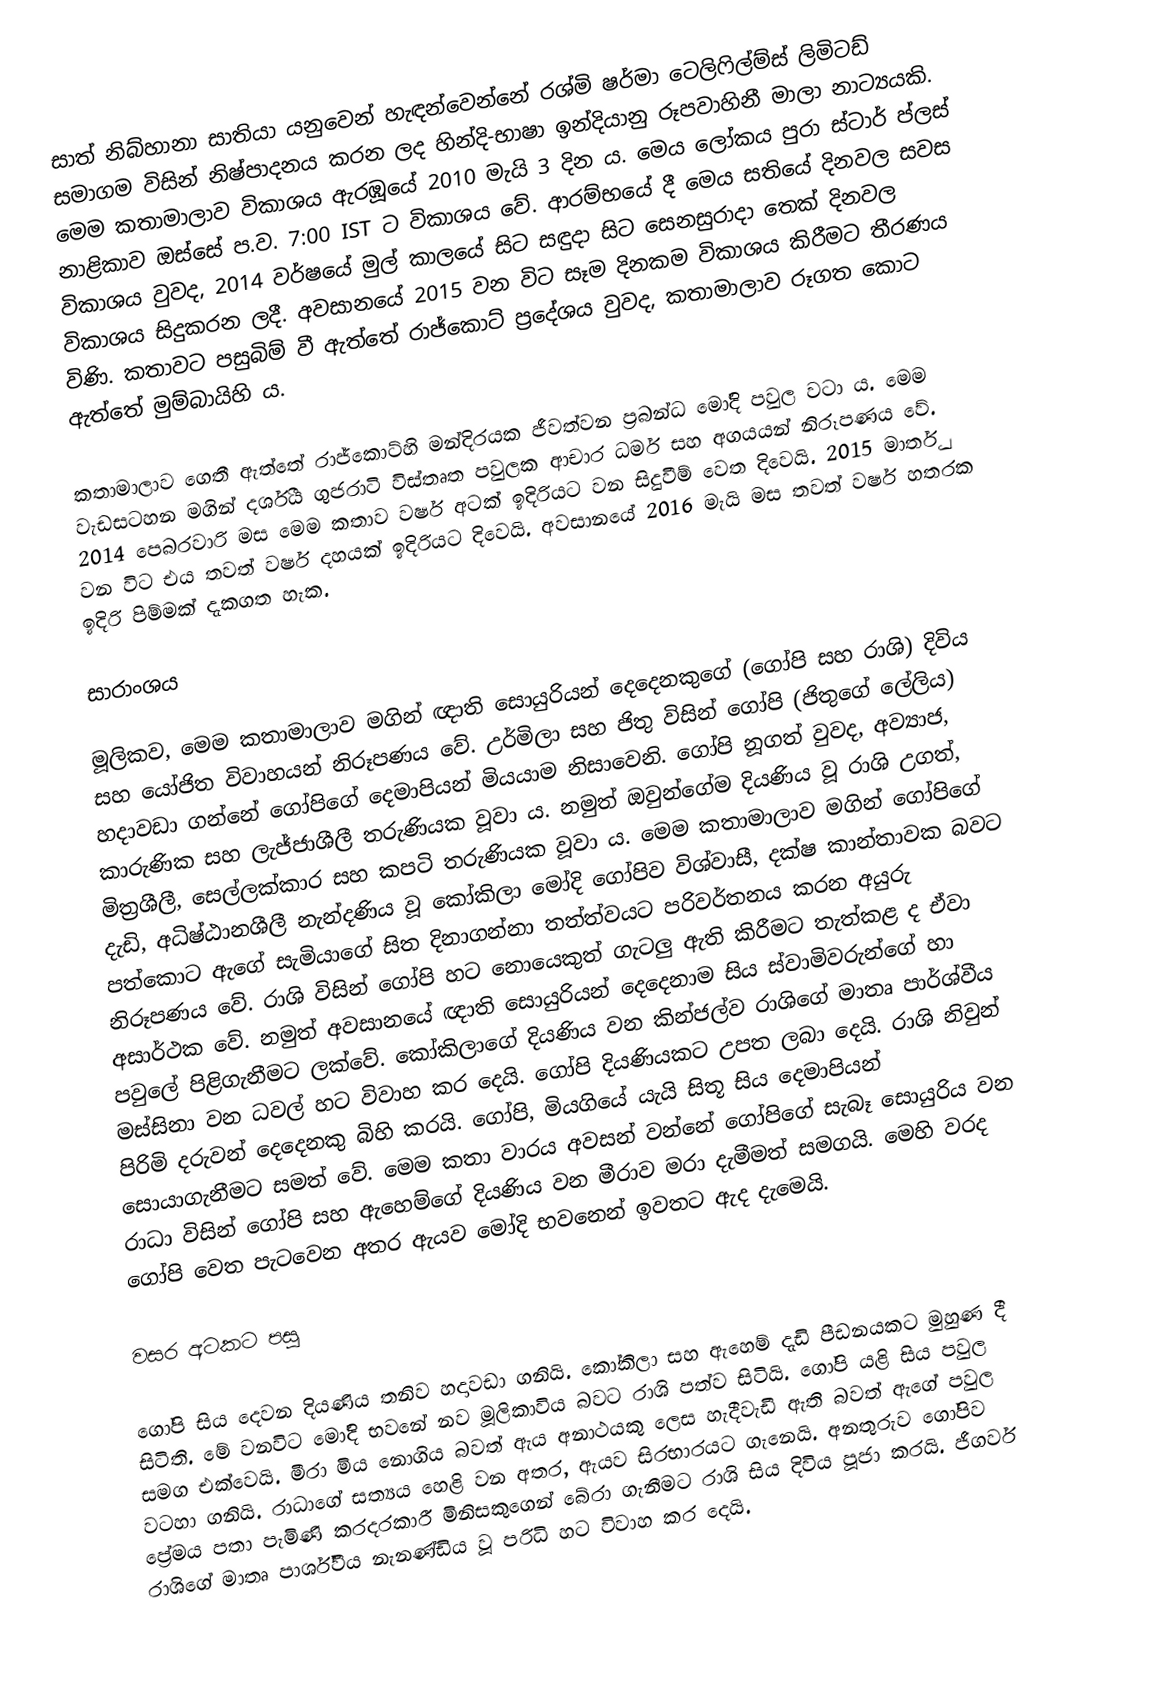
සාත් නිබ්හානා සාතියා යනුවෙන් හැඳන්වෙන්නේ රශ්මි ෂර්මා ටෙලිෆිල්ම්ස් ලිමිටඩ් සමාගම විසින් නිෂ්පාදනය කරන ලද හින්දි-භාෂා ඉන්දියානු රූපවාහිනී මාලා නාට්‍යයකි. මෙම කතාමාලාව විකාශය ඇරඹූයේ 2010 මැයි 3 දින ය. මෙය ලෝකය පුරා ස්ටාර් ප්ලස් නාළිකාව ඔස්සේ ප.ව. 7:00 IST ට විකාශය වේ. ආරම්භයේ දී මෙය සතියේ දිනවල සවස විකාශය වුවද, 2014 වර්ෂයේ මුල් කාලයේ සිට සඳුදා සිට සෙනසුරාදා තෙක් දිනවල විකාශය සිදුකරන ලදී. අවසානයේ 2015 වන විට සෑම දිනකම විකාශය කිරීමට තීරණය විණි. කතාවට පසුබිම් වී ඇත්තේ රාජ්කොට් ප්‍රදේශය වුවද, කතාමාලාව රූගත කොට ඇත්තේ මුම්බායිහි ය.

කතාමාලාව ගෙතී ඇත්තේ රාජ්කොට්හි මන්දිරයක ජීවත්වන ප්‍රබන්ධ මෝදි පවුල වටා ය. මෙම වැඩසටහන මගින් දර්ශීය ගුජරාටි විස්තෘත පවුලක ආචාර ධර්ම සහ අගයයන් නිරූපණය වේ. 2014 පෙබරවාරි මස මෙම කතාව වර්ෂ අටක් ඉදිරියට වන සිදුවීම් වෙත දිවෙයි. 2015 මාර්තු වන විට එය තවත් වර්ෂ දහයක් ඉදිරියට ‍දිවෙයි. අවසානයේ 2016 මැයි මස තවත් වර්ෂ හතරක ඉදිරි පිම්මක් දැකගත හැක.

සාරාංශය

මූලිකව, මෙම කතාමාලාව මගින් ඥාති සොයුරියන් දෙදෙනකුගේ (ගෝපි සහ රාශි) දිවිය සහ යෝජිත විවාහයන් නිරූපණය වේ. උර්මිලා සහ ජිතු විසින් ගෝපි (ජිතුගේ ලේලිය) හදාවඩා ගන්නේ ගෝපිගේ දෙමාපියන් මියයාම නිසාවෙනි. ගෝපි නූගත් වුවද, අව්‍යාජ, කාරුණික සහ ලැජ්ජාශීලී තරුණියක වූවා ය. නමුත් ඔවුන්ගේම දියණිය වූ රාශි උගත්, මිත්‍රශීලී, සෙල්ලක්කාර සහ කපටි තරුණියක වූවා ය. මෙම කතාමාලාව මගින් ගෝපිගේ දැඩි, අධිෂ්ඨානශීලී නැන්දණිය වූ කෝකිලා මෝදි ගෝපිව විශ්වාසී, දක්ෂ කාන්තාවක බවට පත්කොට ඇගේ සැමියාගේ සිත දිනාගන්නා තත්ත්වයට පරිවර්තනය කරන අයුරු නිරූපණය වේ. රාශි විසින් ගෝපි හට නොයෙකුත් ගැටලු ඇති කිරීමට තැත්කළ ද ඒවා අසාර්ථක වේ. නමුත් අවසානයේ ඥාති සොයුරියන් දෙදෙනාම සිය ස්වාමිවරුන්ගේ හා පවුලේ පිළිගැනීමට ලක්වේ. කෝකිලාගේ දියණිය වන කින්ජල්ව රාශිගේ මාතෘ පාර්ශ්වීය මස්සිනා වන ධවල් හට විවාහ කර දෙයි. ගෝපි දියණියකට උපත ලබා දෙයි. රාශි නිවුන් පිරිමි දරුවන් දෙදෙනකු බිහි කරයි. ගෝපි, මියගියේ යැයි සිතූ සිය දෙමාපියන් සොයාගැනීමට සමත් වේ. මෙම කතා වාරය අවසන් වන්නේ ගෝපිගේ සැබෑ සොයුරිය වන රාධා විසින් ගෝපි සහ ඇහෙම්ගේ දියණිය වන මීරාව මරා දැමීමත් සමගයි. මෙහි වරද ගෝපි වෙත පැටවෙන අතර ඇයව මෝදි භවනෙන් ඉවතට ඇද දැමෙයි.

වසර අටකට පසු

ගෝපි සිය දෙවන දියණිය තනිව හදාවඩා ගනියි. කෝකිලා සහ ඇහෙම් දැඩි පීඩනයකට මුහුණ දී සිටිති. මේ වනවිට මෝදි භවනේ නව මූලිකාවිය බවට රාශි පත්ව සිටියි. ගෝපි යළි සිය පවුල සමග එක්වෙයි. මීරා මිය නොගිය බවත් ඇය අනාථයකු ලෙස හැදීවැඩී ඇති බවත් ඇගේ පවුල වටහා ගනියි. රාධාගේ සත්‍යය හෙළි වන අතර, ඇයව සිරභාරයට ගැනෙයි. අනතුරුව ගෝපිව ප්‍රේමය පතා පැමිණි කරදරකාරී මිනිසකුගෙන් බේරා ගැනීමට රාශි සිය දිවිය පූජා කරයි. ජීගර්ව රාශිගේ මාතෘ පාර්ශ්වීය නැනණ්ඩිය වූ පරිධි හට විවාහ කර දෙයි.